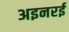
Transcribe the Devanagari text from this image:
अइनरई